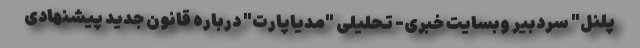
پلنل" سردبیر وبسایت خبری- تحلیلی "مدیاپارت" درباره قانون جدید پیشنهادی